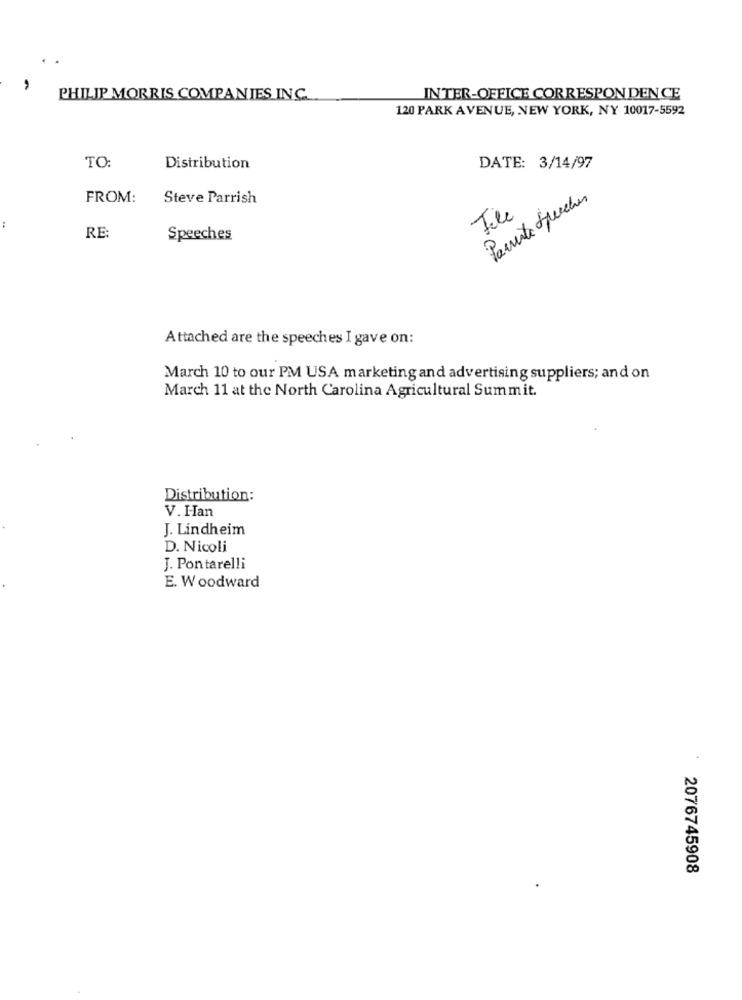
PHILIP MORRIS COMPANIES INC.
INTER-OFFICE CORRESPON DENCE
120 PARK AVENUE, NEW YORK, NY 10017-5592
TO:
Distribution
DATE: 3/14/97
FROM:
Steve Parrish
Parite Speeches
Tile
RE:
Speeches
Attached are the speeches I gave on:
March 10 to our PM USA marketing and advertising suppliers; and on
March 11 at the North Carolina Agricultural Summit.
Distribution:
V. Han
J. Lindheim
D. Nicoli
J. Pontarelli
E. Woodward
2076745908